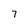
Character: 7